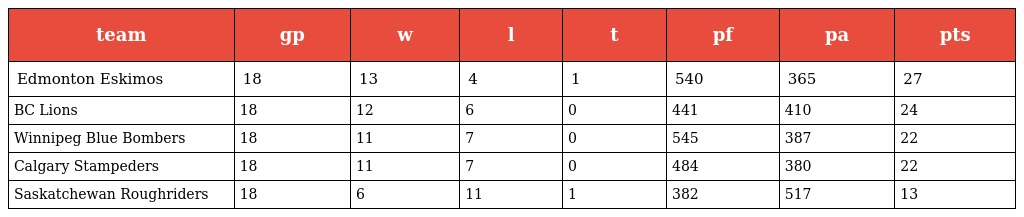
| team | gp | w | l | t | pf | pa | pts |
 | --- | --- | --- | --- | --- | --- | --- | --- |
 | Edmonton Eskimos | 18 | 13 | 4 | 1 | 540 | 365 | 27 |
 | BC Lions | 18 | 12 | 6 | 0 | 441 | 410 | 24 |
 | Winnipeg Blue Bombers | 18 | 11 | 7 | 0 | 545 | 387 | 22 |
 | Calgary Stampeders | 18 | 11 | 7 | 0 | 484 | 380 | 22 |
 | Saskatchewan Roughriders | 18 | 6 | 11 | 1 | 382 | 517 | 13 |